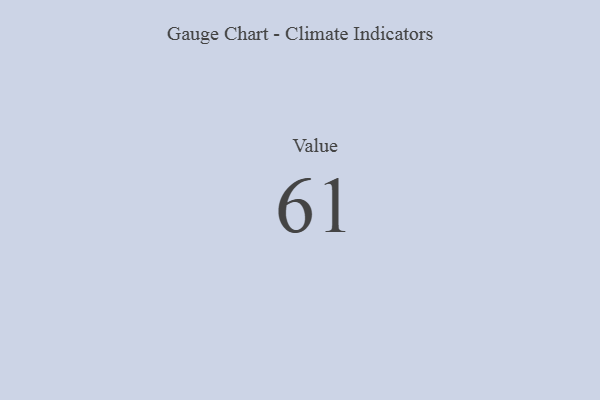
{"axis": {"x": "Metric", "y": "Value"}, "legend": [""], "data": [{"x": "Value", "y": 61, "type": ""}]}